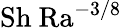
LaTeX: \mathrm{Sh\ Ra^{-3/8}}